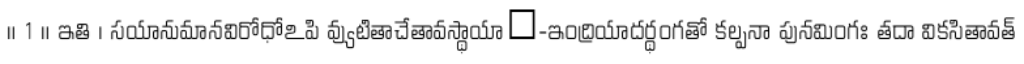
॥ 1 ॥ ఇతి । సయానుమానవిరోధోఽపి వ్యుటితాచేతావస్థాయాఀ-ఇంద్రియాదర్థంగతో కల్పనా పునమింగః తదా వికసితావత్